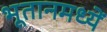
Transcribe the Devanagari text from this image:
भूतानमध्यें